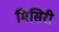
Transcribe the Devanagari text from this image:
मिसिरी